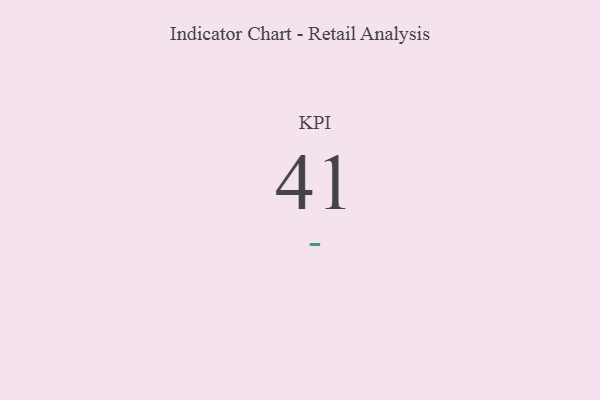
{"axis": {"x": "KPI", "y": "Value"}, "legend": [""], "data": [{"x": "KPI", "y": 41, "type": ""}]}